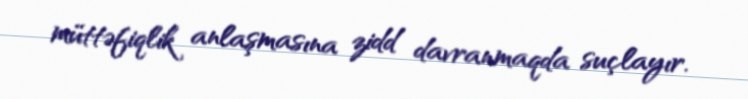
müttəfiqlik anlaşmasına zidd davranmaqda suçlayır.